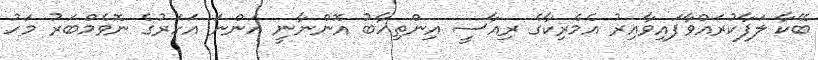
ބޭކާ ލަފާކުރައްވާފައިވާއިރު އެމެރިކާގެ ރިއާސީ އިންތިހާބު އޮންނާނީ އަންނަ އަހަރުގެ ނޮވެމްބަރު މަހު